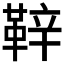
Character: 𮧝